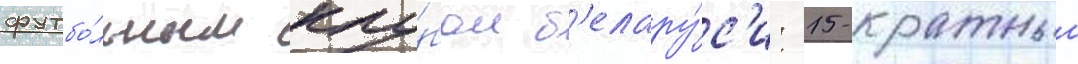
футбо́льным клу́бом б'елару́с'и: 15-кратныи